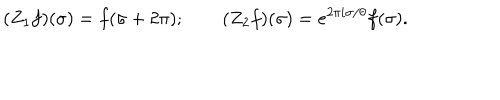
( Z _ { 1 } f ) ( \sigma ) = f ( \sigma + 2 \pi ) ; \qquad ( Z _ { 2 } f ) ( \sigma ) = e ^ { 2 \pi i \sigma / \theta } f ( \sigma ) .